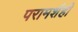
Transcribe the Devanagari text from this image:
परामर्शही